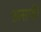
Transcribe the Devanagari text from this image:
असफी